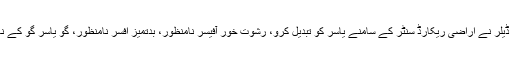
اس موقع پر پراپرٹی ڈیلر نے اراضی ریکارڈ سنٹر کے سامنے یاسر کو تبدیل کرو، رشوت خور آفیسر نامنظور، بدتمیز افسر نامنظور، گو یاسر گو کے نعرے لگا رہے تھے۔